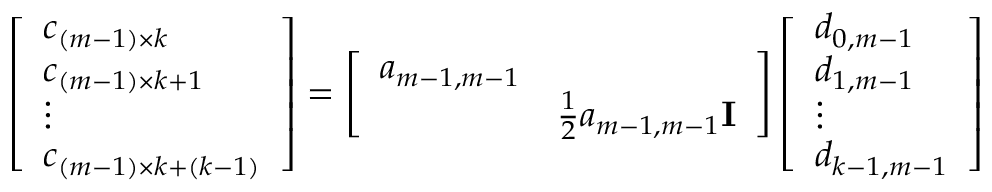
\begin{array} { r } { \left[ \begin{array} { l } { c _ { ( m - 1 ) \times k } } \\ { c _ { ( m - 1 ) \times k + 1 } } \\ { \vdots } \\ { c _ { ( m - 1 ) \times k + ( k - 1 ) } } \end{array} \right] = \left[ \begin{array} { l l } { a _ { m - 1 , m - 1 } } & \\ & { \frac { 1 } { 2 } a _ { m - 1 , m - 1 } { \bf I } } \end{array} \right] \left[ \begin{array} { l } { d _ { 0 , m - 1 } } \\ { d _ { 1 , m - 1 } } \\ { \vdots } \\ { d _ { k - 1 , m - 1 } } \end{array} \right] } \end{array}